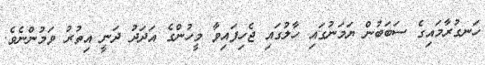
ހަނގުރާމައިގެ ސަބަބުން ޔަމަނުގައި ހާލުގައި ޖެހިފައިވާ މީހުންގެ އަދަދު ދަނީ އިތުރު ވަމުންނެވެ.